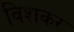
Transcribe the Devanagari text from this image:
विशकर